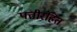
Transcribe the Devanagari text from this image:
पत्तीरहित